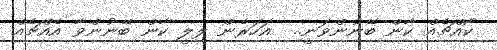
ކޯއްޗެއް ކާން ބޭނުންވަނީ..  އަހަރެން ލިލީ ކާން ބޭނުންވާ އެއްޗެއް